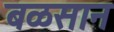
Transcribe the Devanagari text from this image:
बळसान